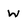
Character: w